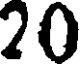
20